Indian Medical Review
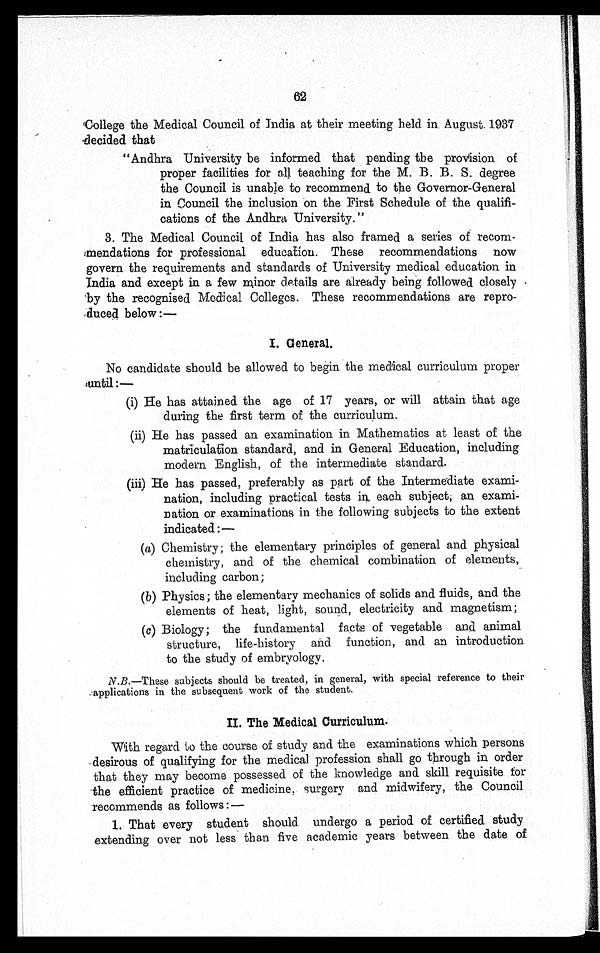
62
College the Medical Council of India at their meeting held in August. 1937
decided that
"Andhra University be informed that pending the provision of
proper facilities for all teaching for the M. B. B. S. degree
the Council is unable to recommend to the Governor-General
in Council the inclusion on the First Schedule of the qualifi-
cations of the Andhra University."
3. The Medical Council of India has also framed a series of recom-
mendations for professional education. These recommendations now
govern the requirements and standards of University medical education in
India and except in a few minor details are already being followed closely
by the recognised Medical Colleges. These recommendations are repro-
duced below:—
I. General.
No candidate should be allowed to begin the medical curriculum proper
until:—
(i) He has attained the age of 17 years, or will attain that age
during the first term of the curriculum
.
(ii)
He has passed an examination in Mathematics at least of the
matriculation standard, and in General Education, including
modern English, of the intermediate standard.
(iii) He has passed, preferably as part of the Intermediate exami-
nation, including practical tests in each subject; an exami-
nation or examinations in the following subjects to the extent
indicated:—
(a) Chemistry; the elementary principles of general and physical
chemistry, and of the chemical combination of elements,
including carbon;
(b) Physics; the elementary mechanics of solids and fluids, and the
elements of heat, light, sound, electricity and magnetism;
(c) Biology; the fundamental facts of vegetable and animal
structure, life-history and function, and an introduction
to the study of embryology.
N.B .—These subjects should be treated, in general, with special reference to their
applications in the subsequent work of the student.
II. The Medical Curriculum
With regard to the course of study and the examinations which persons
desirous of qualifying for the medical profession shall go through in order
that they may become possessed of the knowledge and skill requisite for
the efficient practice of medicine. surgery and midwifery, the Council
recommends as follows :
- -
1. That every student should undergo a period of certified study
extending over not less than five academic years between the date of